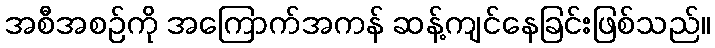
အစီအစဉ်ကို အကြောက်အကန် ဆန့်ကျင်နေခြင်းဖြစ်သည်။